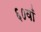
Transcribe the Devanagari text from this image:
६०वाँ